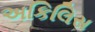
અકિલિસ